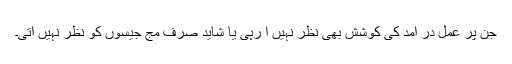
جن پر عمل در آمد کی کوشش بھی نظر نہیں آ رہی یا شاید صرف مج جیسوں کو نظر نہیں آتی۔